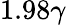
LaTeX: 1.98\gamma